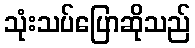
သုံးသပ်ပြောဆိုသည်